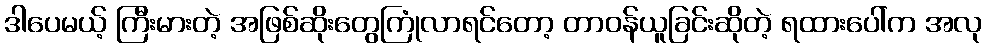
ဒါပေမယ့် ကြီးမားတဲ့ အဖြစ်ဆိုးတွေကြုံလာရင်တော့ တာဝန်ယူခြင်းဆိုတဲ့ ရထားပေါ်က အလု